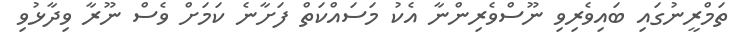
ތަމްރީނުގައި ބައިވެރިވި ނޫސްވެރިންނާ އެކު މަސައްކަތް ފަށާނެ ކަމަށް ވެސް ނޫރާ ވިދާޅުވި